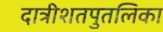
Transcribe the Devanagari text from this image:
दात्रीशतपुतलिका